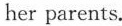
her parents.